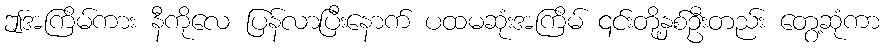
ဤအကြိမ်ကား နီကိုလေ ပြန်လာပြီးနောက် ပထမဆုံးအကြိမ် ၎င်းတို့နှစ်ဦးတည်း တွေ့ဆုံကာ